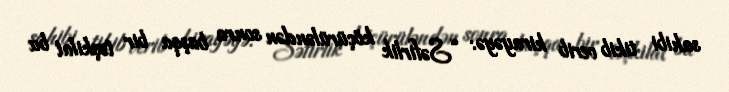
sahibi tikib verib kirayəyə: “Səfirlik köçürüləndən sonra başqa bir təşkilat bu